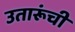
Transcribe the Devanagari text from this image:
उतारूंची